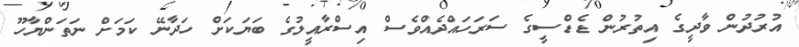
އުރުދުން ވާދީގެ އިތުރުން ޑެޑްސީގެ ސަރަހައްދެއްވެސް އިސްރާއީލުގެ ބަޔަކަށް ހަދާނޭ ކަމަށް ނަތަންޔާހޫ